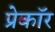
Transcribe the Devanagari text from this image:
प्रेकॉर